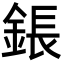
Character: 鋹